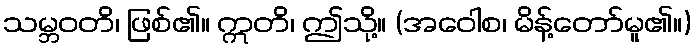
သမ္ဘဝတိ၊ ဖြစ်၏။ ဣတိ၊ ဤသို့။ (အဝေါစ၊ မိန့်တော်မူ၏။)